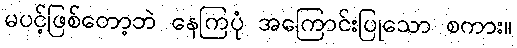
မပင့်ဖြစ်တော့ဘဲ နေကြပုံ အကြောင်းပြုသော စကား။